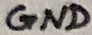
Text: GND